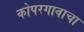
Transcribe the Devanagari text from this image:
कोपरगावाचा